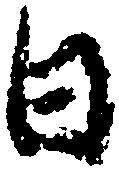
日